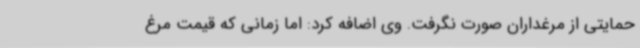
حمایتی از مرغداران صورت نگرفت. وی اضافه کرد: اما زمانی که قیمت مرغ